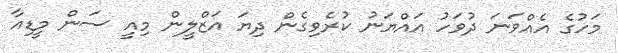
މަހުގެ އެއްވަނަ ދުވަހު އައްޔަނު ކުރެވިގެން ދިޔަ އަޒްލީން މިއީ ސަން މީޑިއާ